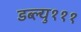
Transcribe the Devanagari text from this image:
डब्ल्यु१११